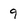
Character: 9